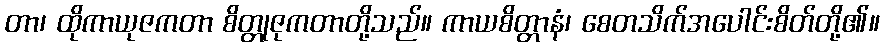
တာ၊ ထိုကာယုဇကတာ စိတ္တုဇုကတာတို့သည်။ ကာယစိတ္တာနံ၊ စေတသိက်အပေါင်းစိတ်တို့၏။